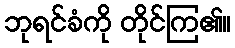
ဘုရင်ခံကို တိုင်ကြ၏။